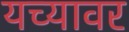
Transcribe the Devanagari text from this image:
यच्यावर